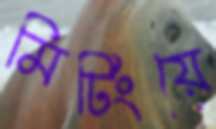
মিটিংয়ে